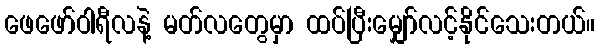
ဖေဖော်ဝါရီလနဲ့ မတ်လတွေမှာ ထပ်ပြီးမျှော်လင့်နိုင်သေးတယ်။